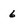
Character: 6